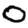
Digit: 0